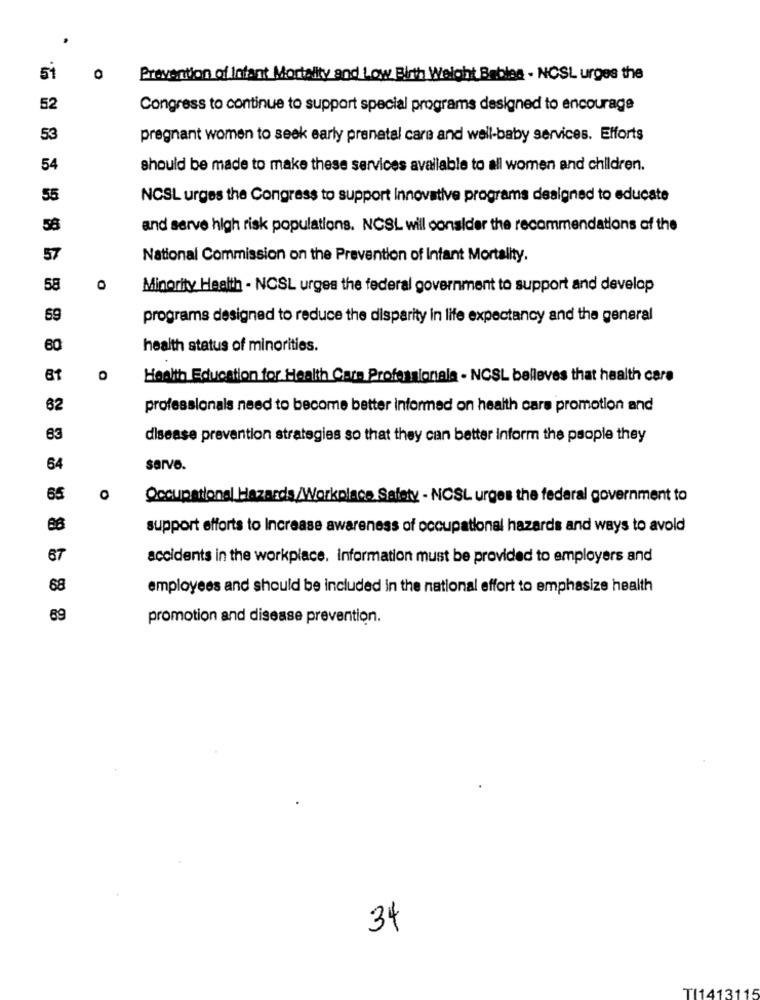
51
O
Prevention of Infant Mortality and Low Birth Weight Bables - NCSL urges the
52
Congress to continue to support special programs designed to encourage
53
pregnant women to seek early prenatal care and well-baby services. Efforts
54
should be made to make these services available to all women and children.
55
NCSL urges the Congress to support Innovative programs designed to educate
58
and serve high risk populations. NCSL will consider the recommendations of the
57
National Commission on the Prevention of Infant Mortality.
58
0
Minority Health - NCSL urges the federal government to support and develop
59
programs designed to reduce the disparity in life expectancy and the general
60
health status of minorities.
0
Health Education for Health Care Professionals - NCSL belleves that health care
82
professionals need to become better informed on health care promotion and
63
disease prevention strategies so that they can better inform the people they
64
sarve.
65
O
Occupational Hazards/Workplace Safety - NCSL urges the federal government to
88
support efforts to Increase awareness of occupational hazards and ways to avold
67
accidents in the workplace. information must be provided to employers and
68
employees and should be included in the national effort to emphasize health
89
promotion and disease prevention.
34
TI1413115